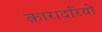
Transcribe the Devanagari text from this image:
क़ारादरियो